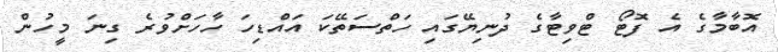
އޮބާމާގެ އެ ފޮޓޯ ޓްވިޓާގެ ދުނިޔޭގައި ހަތްސަތޭކަ އައްޑިހަ ހާހަށްވުރެ ގިނަ މީހުން